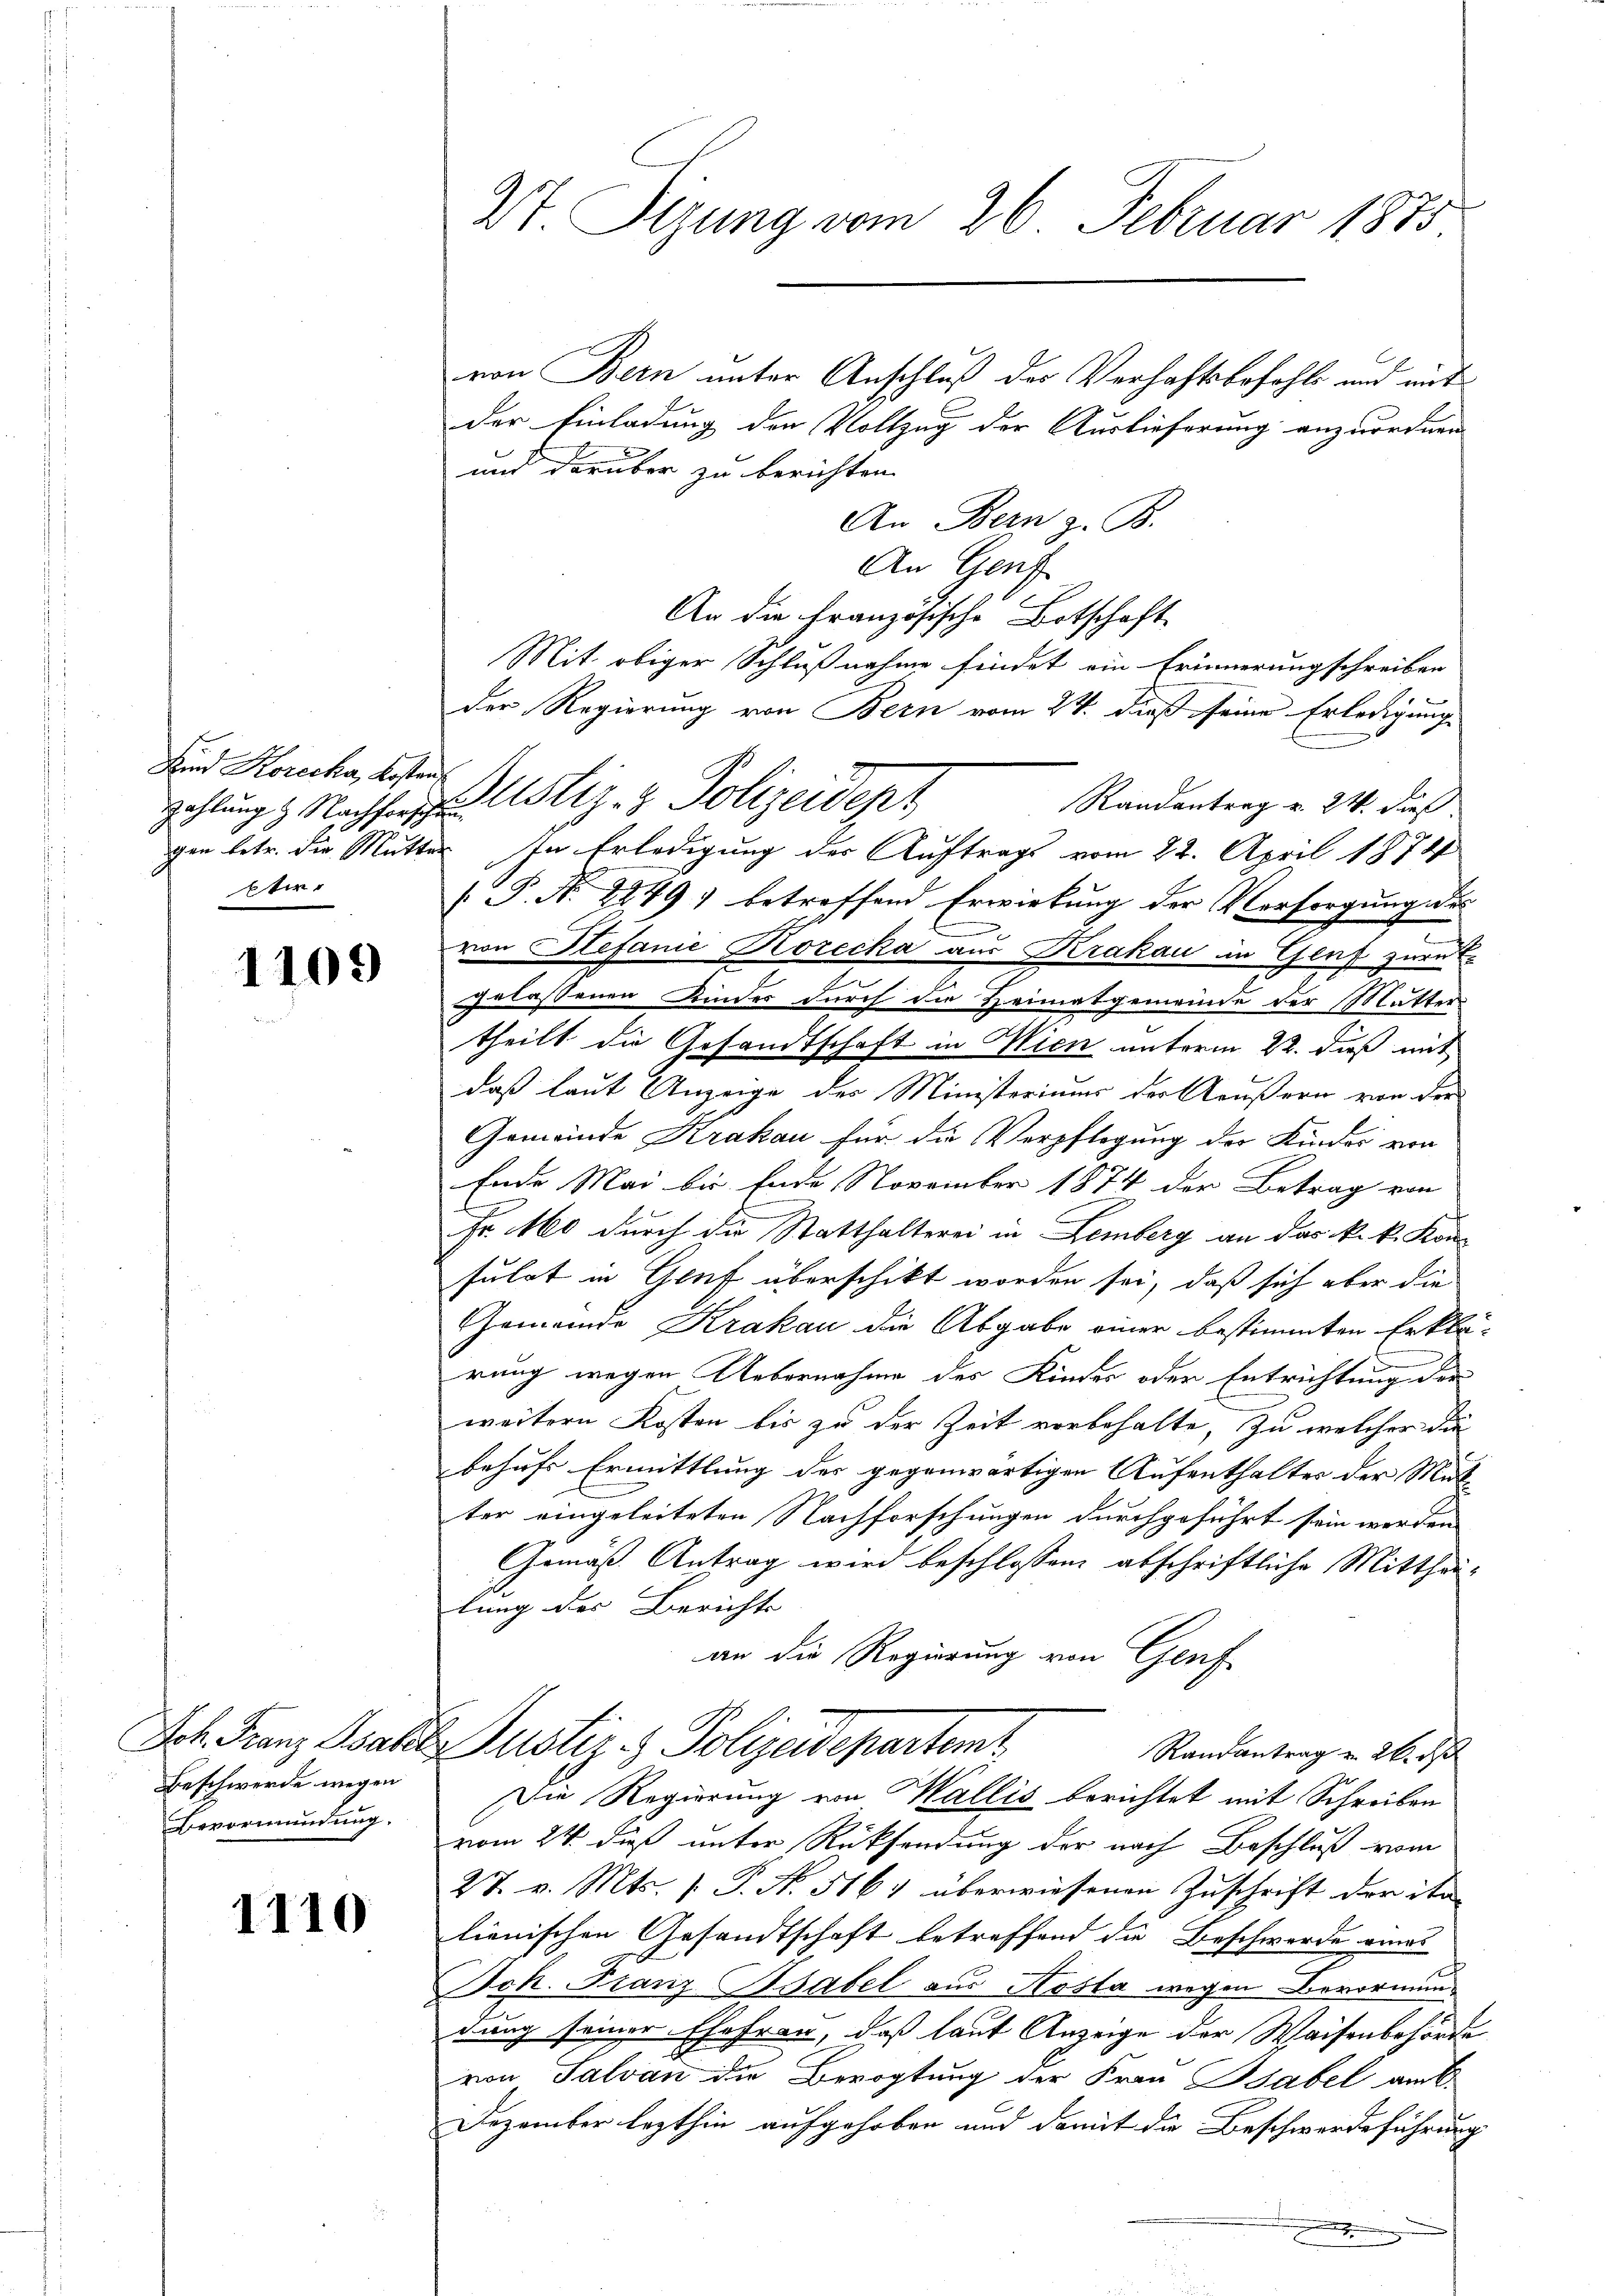
Lund Korecka, Kostentie

1109

Beschwerde wegen
Bevormundung.

1110

St Sizung vom 26. Februar 1875

von Bern unter Anschluß der Verhaftsbefohle und mit
der Einladung der Vollzug der Auslieferung anzuordnen
und darüber zu berichten.
An Bern z. B.
An Gruf
An die Französische Botschaft
Mit obiger Schlußnahme findet ein Erinnerungschreiben
der Regierung von Bern vom 24. dieß seine Erledigung
Randantrag v. 24. dieß
gen betr. die Mutter In Erledigung des Auftrags vom 22. April 1874
[ P. Nr. 2249) betreffend Erwirkung der Vorsorgung des
von Stefanie Korecka aus Krakau in Genf zurück-
gelassenen Kindes durch die Heimatgemeinde der Mutter-
theilt die Gesandtschaft in Wien unterm 22. dieß mit
l
daß laut Anzeige des Ministeriums der Aeußern von der
Gemeinde Krakau für die Verpflegung der Kinder von
Ende Mai bis Ende November 1874 der Betrag von
Fr. Mo durch die Statthalterei in Lemberg an das k. k. Konfulat in Gruf überschikt worden sei, daß sich aber die
Gemeinde Krakau die Abgabe einer bestimmten Erklä
rung wegen Uebernahme des Kinder oder Entrichtung der
weitern Kosten bis zu der Zeit vorbehalte, zu welcher die
behufs Ermittlung des gegenwärtigen Aufenthalter der Mut
ter eingeleiteten Nachforschungen durchgeführt sein werden
Gemäß Antrag wird beschlossen, abschriftliche Mittheilung der Berichts
an die Regierung von Genf
Jch Franz Maler Justiz- & Polizeidepartemt
Randantrag u. 26. d
Die Regierung von Wallis berichtet mit Schreiben
vom 24. daß unter Rücksendung der nach Beschluß vom
27. v. Mts. 1. P. N. 516. überwiesenen Zuschrift der ita
lienischen Gesandtschaft betreffend die Beschwerde eines
Ich. Franz Habel aus Aosta wegen Bevormung
dung seiner Efahren, daß laut Anzeige der Waisenbehörde
von Salvan die Bevogtung der Frau Babel amt
Dezember lezthin aufgehoben und damit die Beschwerdeführung
.

zahlung. Nachforste Astiz- & Polizeidep